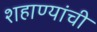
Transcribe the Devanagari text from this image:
शहाण्यांची